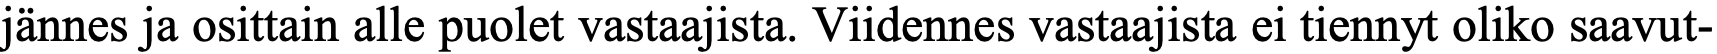
jännes ja osittain alle puolet vastaajista. Viidennes vastaajista ei tiennyt oliko saavut-